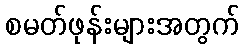
စမတ်ဖုန်းများအတွက်